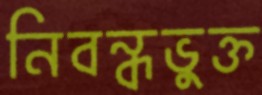
নিবন্ধভুক্ত